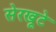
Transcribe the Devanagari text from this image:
सेरखूटे